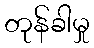
တုန်ခါမှု